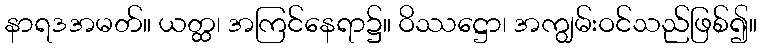
နာရဒအမတ်။ ယတ္ထ၊ အကြင်နေရာ၌။ ဝိဿဋ္ဌော၊ အကျွမ်းဝင်သည်ဖြစ်၍။